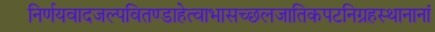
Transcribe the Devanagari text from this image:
निर्णयवादजल्पवितण्डाहेत्वाभासच्छलजातिकपटनिग्रहस्थानानां